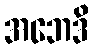
အဘေဒိ